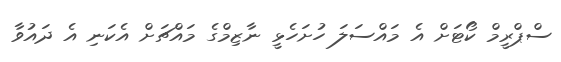
ސްޕްރީމް ކޯޓަށް އެ މައްސަލަ ހުށަހެޅީ ނާޒިމްގެ މައްޗަށް އެކަނި އެ ދައުވާ